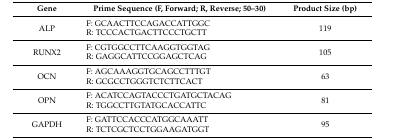
<table><thead><tr><td><b>Gene</b></td><td><b>Prime Sequence (F, Forward; R, Reverse; 50–30)</b></td><td><b>Product Size (bp)</b></td></tr></thead><tbody><tr><td>ALP</td><td>F: GCAACTTCCAGACCATTGGCR: TCCCACTGACTTCCCTGCTT</td><td>119</td></tr><tr><td>RUNX2</td><td>F: CGTGGCCTTCAAGGTGGTAGR: GAGGCATTCCGGAGCTCAG</td><td>105</td></tr><tr><td>OCN</td><td>F: AGCAAAGGTGCAGCCTTTGTR: GCGCCTGGGTCTCTTCACT</td><td>63</td></tr><tr><td>OPN</td><td>F: ACATCCAGTACCCTGATGCTACAGR: TGGCCTTGTATGCACCATTC</td><td>81</td></tr><tr><td>GAPDH</td><td>F: GATTCCACCCATGGCAAATTR: TCTCGCTCCTGGAAGATGGT</td><td>95</td></tr></tbody></table>